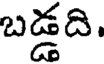
బడ్డది.